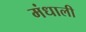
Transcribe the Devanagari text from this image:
मंधाली